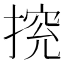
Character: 𢰉